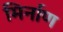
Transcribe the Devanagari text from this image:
मिर्नाण